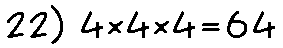
22) 4×4×4=64